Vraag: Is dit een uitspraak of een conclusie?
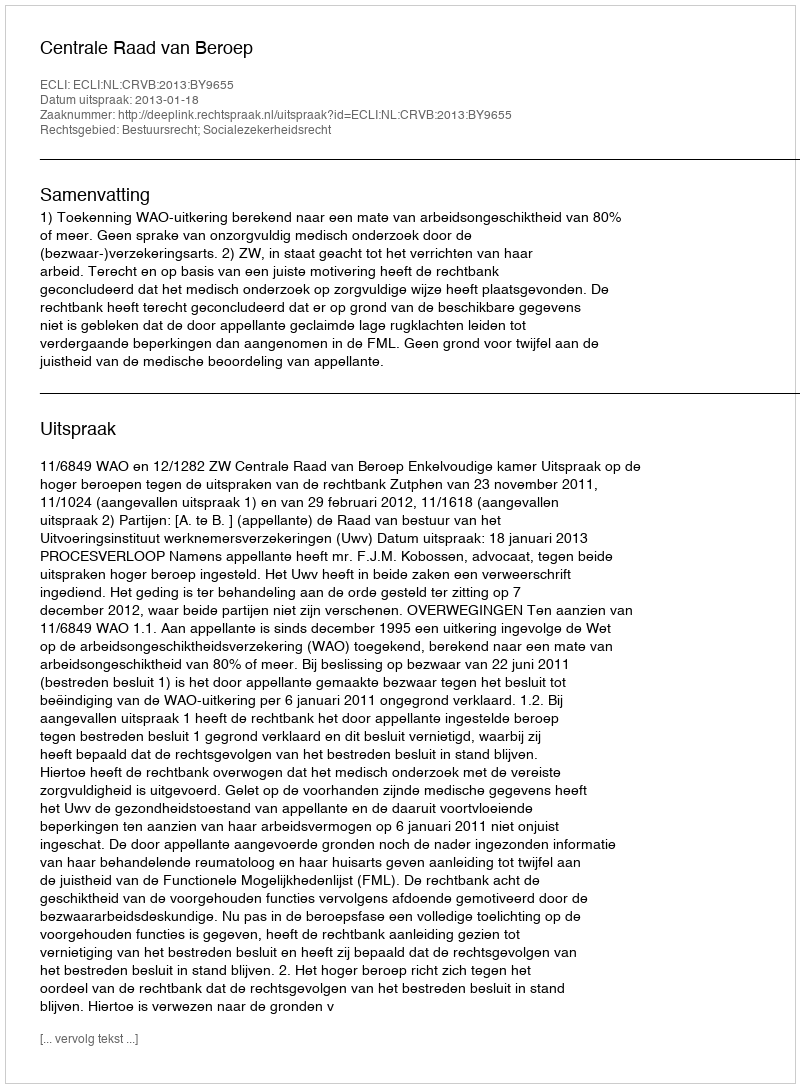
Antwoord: Uitspraak